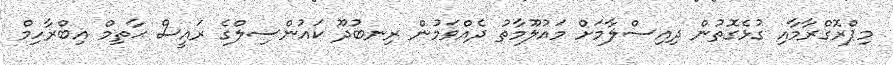
މިޕްރޮގްރާމާއި ގުޅެގޮތުން ދިއިސްލާމަށް މައުލޫމާތު ދެއްވަމުން ރިނބުދޫ ކައުންސިލްގެ ރައީސް ޙާތިމް އިބްރާހިމް